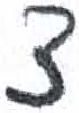
אות: צ